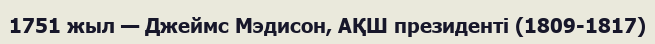
1751 жыл — Джеймс Мэдисон, АҚШ президенті (1809-1817)